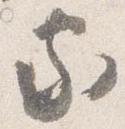
家